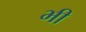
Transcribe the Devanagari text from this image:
भ्‍ाी